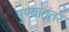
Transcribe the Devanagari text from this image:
पुण्यानंतर